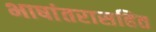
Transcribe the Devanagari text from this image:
भाषांतरासहित